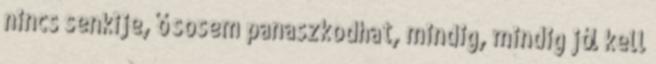
nincs senkije, ő sosem panaszkodhat, mindig, mindig jól kell